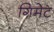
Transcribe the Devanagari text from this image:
गिमेट